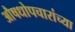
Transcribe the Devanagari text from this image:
औषधोपचारांच्या